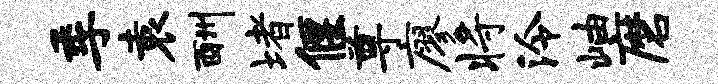
季袁酬堵偃尊廖将泠岫磨